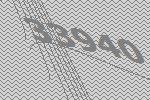
33940